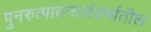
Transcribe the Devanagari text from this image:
पुनरुत्पादनासंदर्भातील